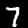
Label: 7